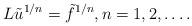
LaTeX: \begin{align*}L \tilde u^{1/n}=\tilde f^{1/n},n=1,2,\ldots.\end{align*}